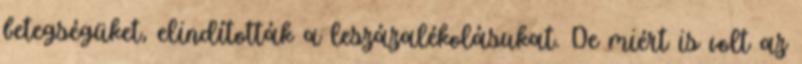
betegségüket, elindították a leszázalékolásukat. De miért is volt az